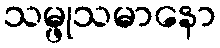
သမ္ဖုသမာနော